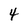
Character: 4